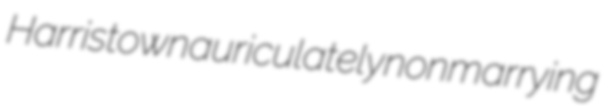
Harristown auriculately nonmarrying